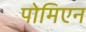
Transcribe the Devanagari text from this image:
पोमिएन